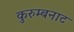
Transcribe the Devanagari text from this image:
कुरुम्बनाट